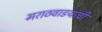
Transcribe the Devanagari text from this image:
मराठवाडयाची